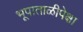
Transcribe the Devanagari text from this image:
भूपाताळीपेक्षा